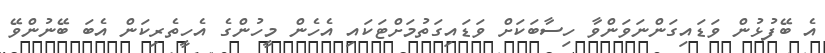
އެ ބޭފުޅުން ވަޑައިގަންނަވަންވާ ހިސާބަކަށް ވަޑައިގަތުމަށްޓަކައި އެހެން މީހުންގެ އެހީތެރިކަން އެބަ ބޭނުންވޭ